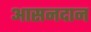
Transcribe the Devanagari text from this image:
आसनदान